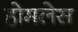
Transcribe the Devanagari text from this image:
होमलेस